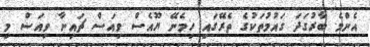
އެންމެ ބާރުގަދަ ގައުމުތަކުގެ ތެރޭގައި ހިމެނޭ ޔޫއެސް ވިއަސް ޗައިނާ ވިއަސް މި